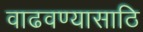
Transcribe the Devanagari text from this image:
वाढवण्यासाठि